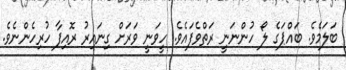
ބަލަމެވެ. ބައްޕަގެ ލޯ ހުންނަނީ ރަތްވެފައެވެ. ހީވަނީ ވަރަށް ގިނައިރު ރޮއިފާ ހުރިހެންނެވެ.